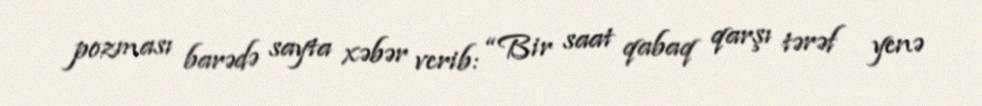
pozması barədə sayta xəbər verib: “Bir saat qabaq qarşı tərəf yenə